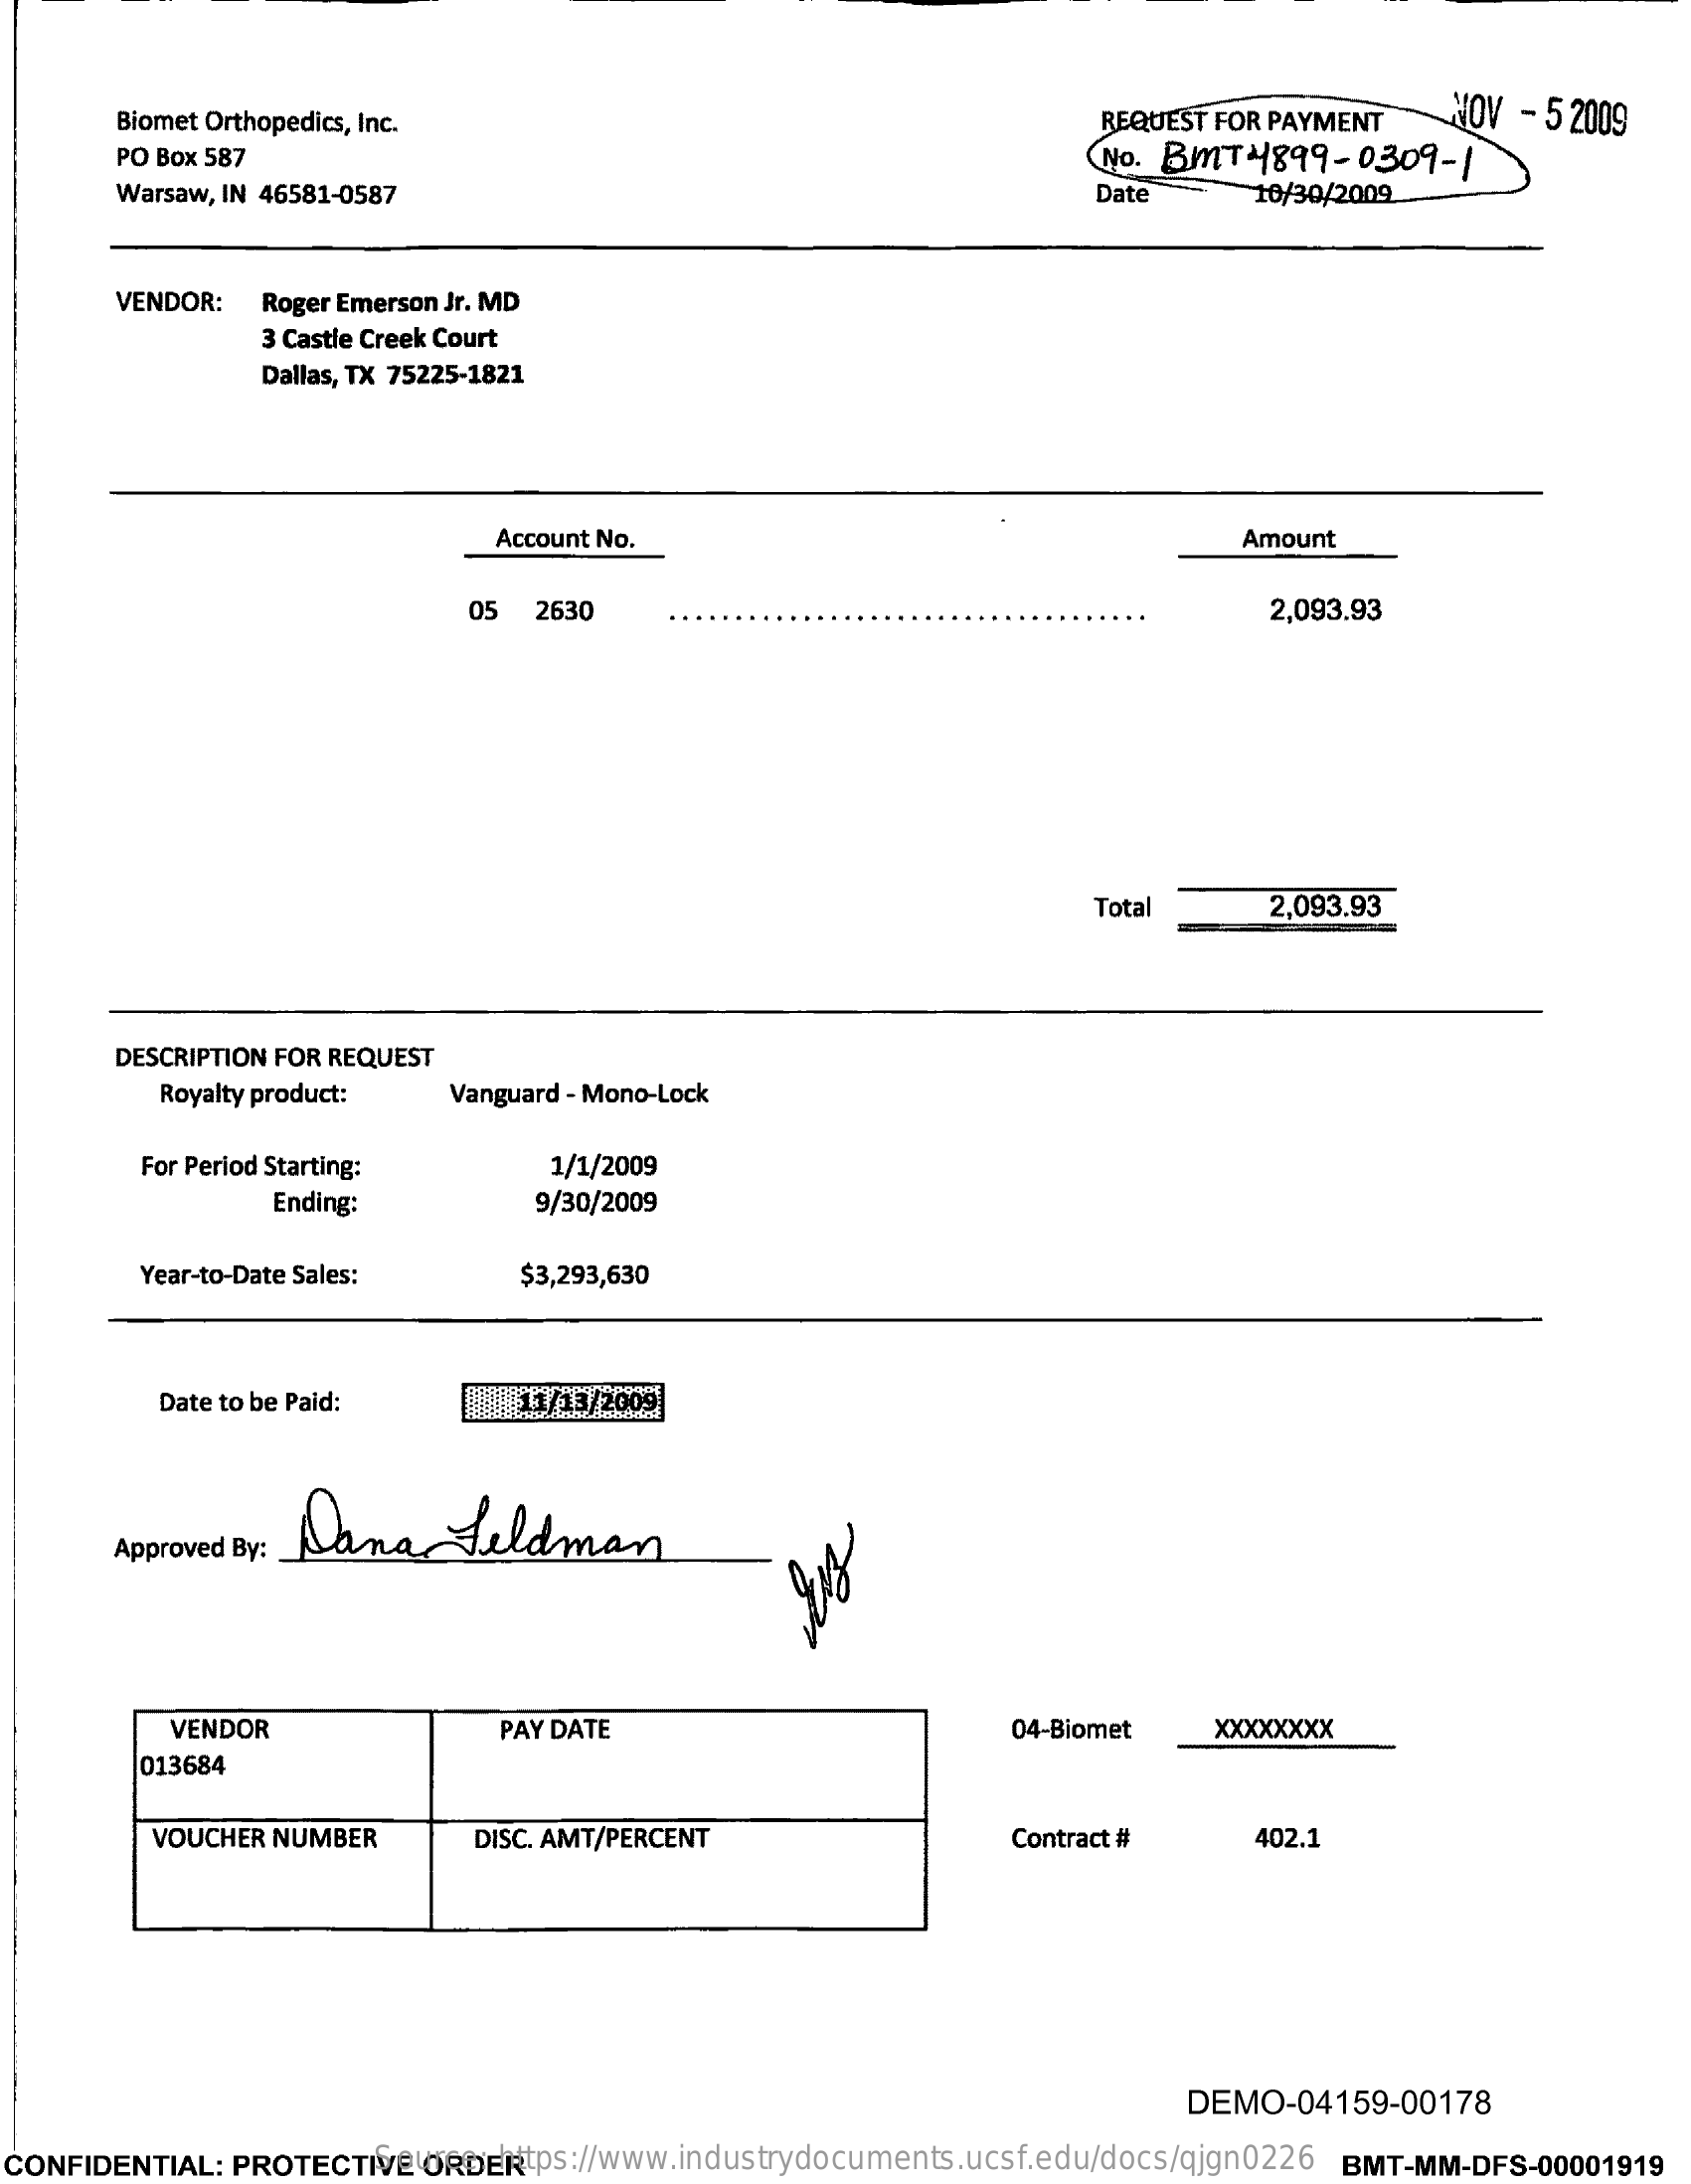
Biomet Orthopedics, Inc.    REQUEST FOR PAYMENT   NOV - 5 2009
     PO Box 587    No. BMT4899-0309-1
     Warsaw, IN 46581-0587    Date    10/30/2009
     VENDOR:  Roger Emerson Jr. MD
     3 Castle Creek Court
     Dallas, TX 75225-1821
     Account No.    Amount
     05   2630    2,093.93
     Total    2,093.93
     DESCRIPTION FOR REQUEST
     Royalty product:  Vanguard - Mono-Lock
     For Period Starting:    1/1/2009
     Ending:    9/30/2009
     Year-to-Date Sales:    $3,293,630
     Date to be Paid:    11/13/2009
     Dana    feldman
     Approved By:
     VENDOR    PAY DATE    04-Biomet    XXXXXXXX
     013684
     VOUCHER NUMBER    DISC. AMT/PERCENT    Contract #    402.1
     DEMO-04159-00178
  CONFIDENTIAL: PROTECTIVE ORDER Source: https://www.industrydocuments.ucsf.edu/docs/qjgn0226 BMT-MM-DFS-00001919